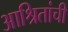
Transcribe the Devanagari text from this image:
आश्रितांची